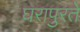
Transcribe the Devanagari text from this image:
घरापुरते